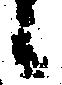
候